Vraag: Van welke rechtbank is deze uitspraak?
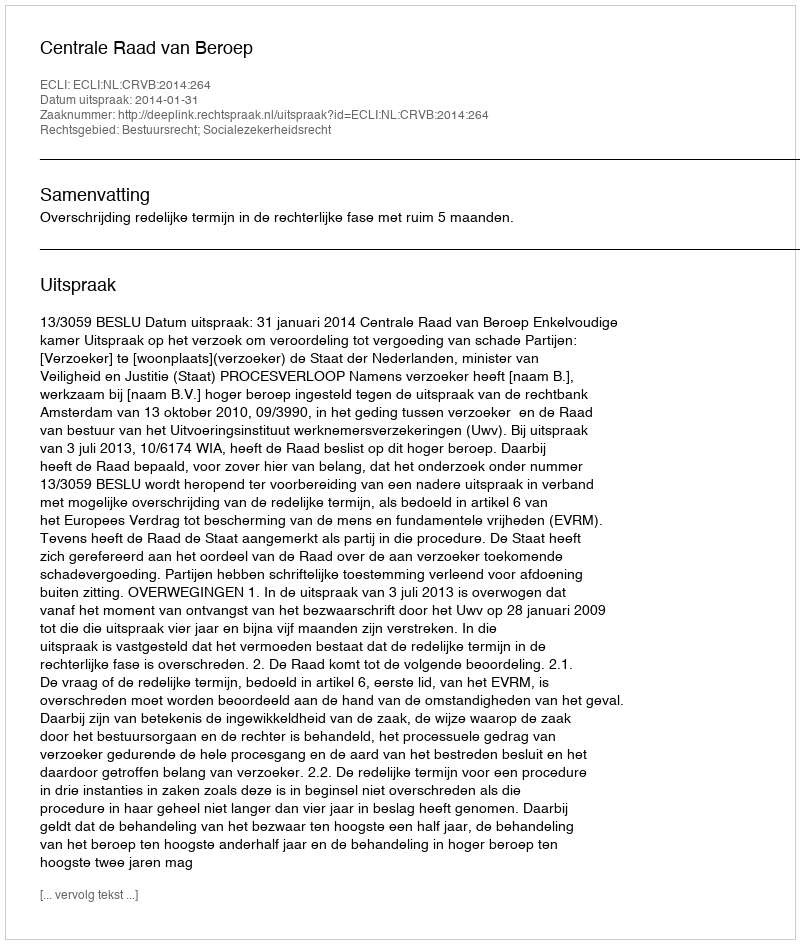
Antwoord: Centrale Raad van Beroep